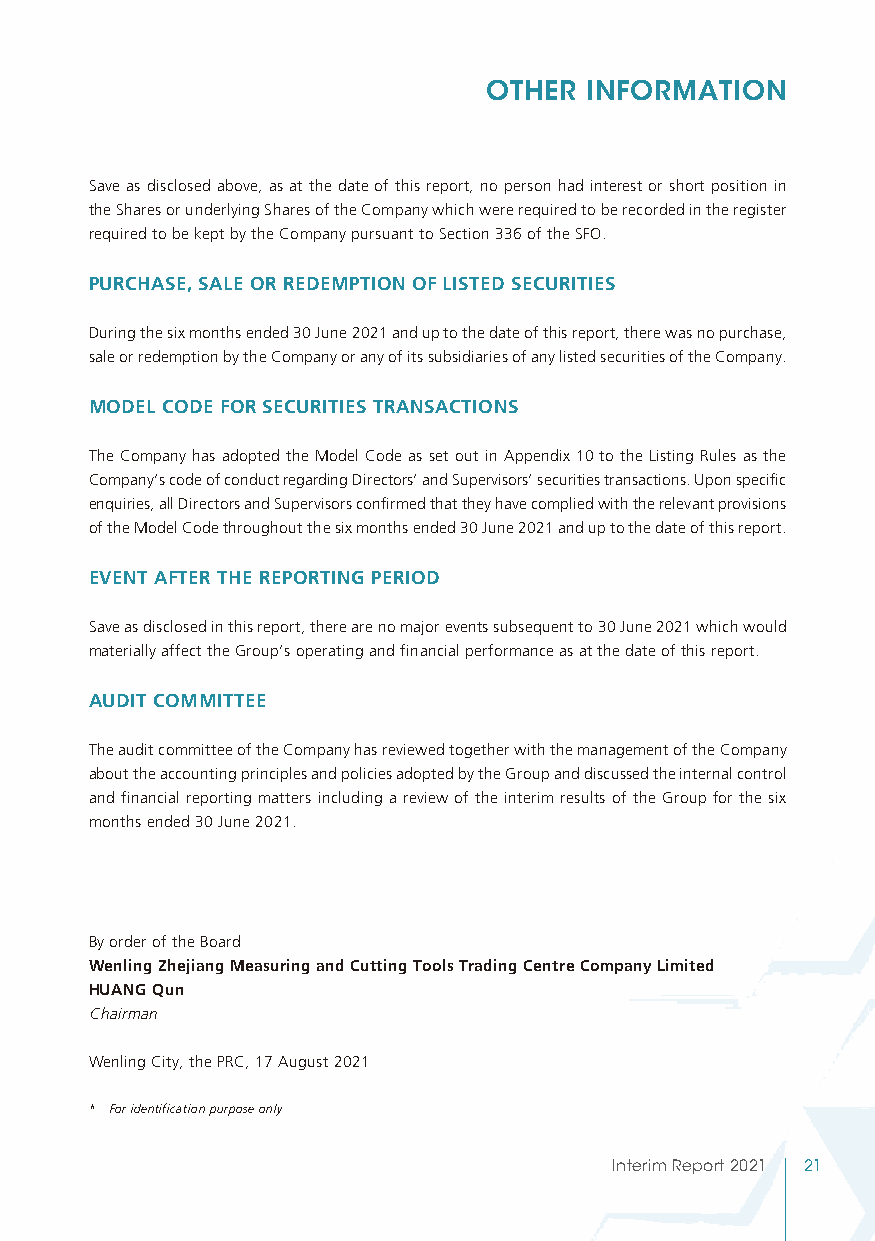
OTHER  INFORMATION
 Save as disclosed above, as at the date of this report, no person had interest or short position in
 the Shares or underlying Shares of the Company which were required to be recorded in the register
 required to be kept by the Company pursuant to Section 336 of the SFO.
 PURCHASE, SALE OR REDEMPTION OF LISTED SECURITIES
 During the six months ended 30 June 2021 and up to the date of this report, there was no purchase,
 sale or redemption by the Company or any of its subsidiaries of any listed securities of the Company.
 MODEL CODE FOR SECURITIES TRANSACTIONS
 The Company has adopted the Model Code as set out in Appendix 10 to the Listing Rules as the
 Company’s code of conduct regarding Directors’ and Supervisors’ securities transactions. Upon specific
 enquiries, all Directors and Supervisors confirmed that they have complied with the relevant provisions
 of the Model Code throughout the six months ended 30 June 2021 and up to the date of this report.
 EVENT AFTER THE REPORTING PERIOD
 Save as disclosed in this report, there are no major events subsequent to 30 June 2021 which would
 materially affect the Group’s operating and financial performance as at the date of this report.
 AUDIT COMMITTEE
 The audit committee of the Company has reviewed together with the management of the Company
 about the accounting principles and policies adopted by the Group and discussed the internal control
 and financial reporting matters including a review of the interim results of the Group for the six
 months ended 30 June 2021.
 By order of the Board
 Wenling Zhejiang Measuring and Cutting Tools Trading Centre Company Limited
 HUANG Qun
 Chairman
 Wenling City, the PRC, 17 August 2021
 * For identification purpose only
 Interim Report 2021 21